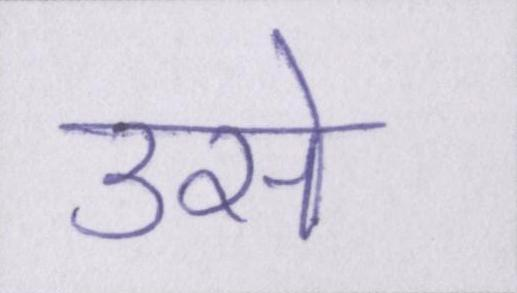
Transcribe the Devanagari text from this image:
उसे